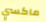
ماكسي